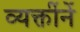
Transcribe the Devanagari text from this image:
व्यक्तींनें